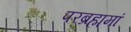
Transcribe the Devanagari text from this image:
परब्रह्ममां